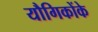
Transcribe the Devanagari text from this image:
यौगिकोंके